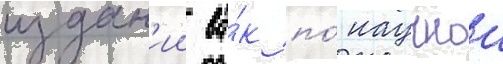
издан'ии ва́к по́ научнои